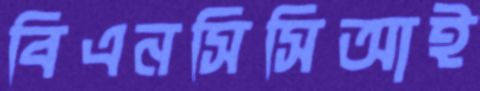
বিএনসিসিআই